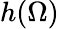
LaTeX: h(\Omega)